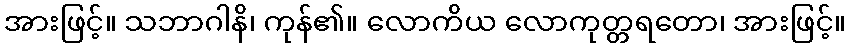
အားဖြင့်။ သဘာဂါနိ၊ ကုန်၏။ လောကိယ လောကုတ္တရတော၊ အားဖြင့်။